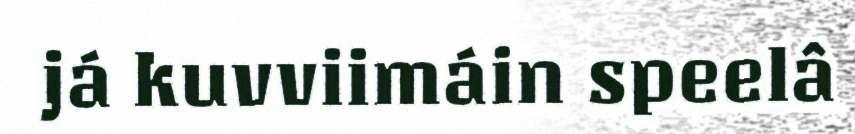
já kuvviimáin speelâ